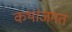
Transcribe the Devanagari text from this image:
कथाजगत